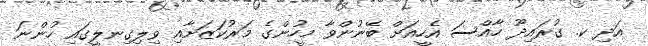
އަދި ކ. ގުރައިދޫ ހާއްސަ އެހީއަށް ބޭނުންވާ މީހުންގެ މަރުކަޒަށާއި ވިލިގިނލީގައި ހުންނަ